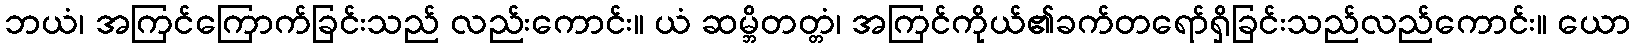
ဘယံ၊ အကြင်ကြောက်ခြင်းသည် လည်းကောင်း။ ယံ ဆမ္ဘိတတ္တံ၊ အကြင်ကိုယ်၏ခက်တရော်ရှိခြင်းသည်လည်ကောင်း။ ယော